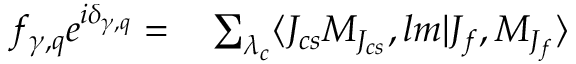
\begin{array} { r l } { f _ { \gamma , q } e ^ { i \delta _ { \gamma , q } } = } & { { } \sum _ { \lambda _ { c } } \langle J _ { c s } M _ { J _ { c s } } , l m | J _ { f } , M _ { J _ { f } } \rangle } \end{array}